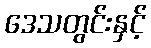
ဒေသတွင်းနှင့်